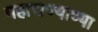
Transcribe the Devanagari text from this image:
महाराज्याच्या